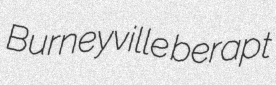
Burneyville berapt